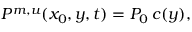
\begin{array} { r } { P ^ { m , u } ( x _ { 0 } , y , t ) = P _ { 0 } \, c ( y ) , } \end{array}